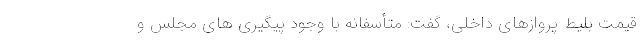
قیمت بلیط پروازهای داخلی، گفت: متأسفانه با وجود پیگیری های مجلس و